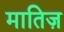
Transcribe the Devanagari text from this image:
मातिज़